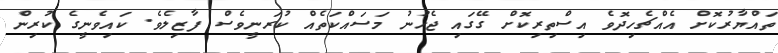
ތައްޔާރުކޮށް އެއްޗެހިދޮވެ އިސްތިރިކޮށް ގޭގައި ޖެހުނު މަސައްކަތެއް ކުރަނީވެސް ފާޒިލެވެ. ކައިވެނީގެ ކުރިން